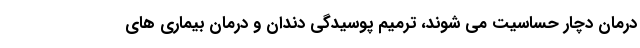
درمان دچار حساسیت می شوند، ترمیم پوسیدگی دندان و درمان بیماری های